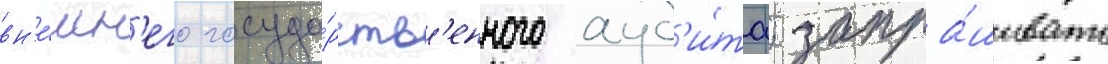
вн'е́шн'его госуда́рств'енного ауд'и́та; запра́шивать